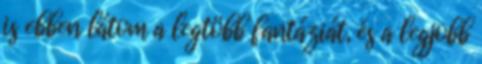
is ebben látom a legtöbb fantáziát, és a legjobb